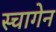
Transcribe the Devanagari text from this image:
स्चागेन